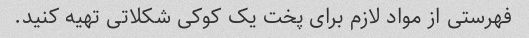
فهرستی از مواد لازم برای پخت یک کوکی شکلاتی تهیه کنید.